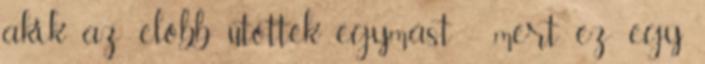
akik az előbb ütötték egymást - mert ez egy